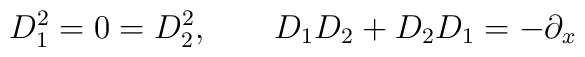
D_{1}^{2} = 0 = D_{2}^{2},\qquad D_{1}D_{2}+D_{2}D_{1} = -\partial_{x}